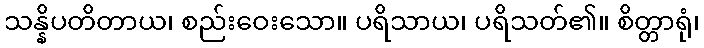
သန္နိပတိတာယ၊ စည်းဝေးသော။ ပရိသာယ၊ ပရိသတ်၏။ စိတ္တာရုံ၊